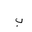
Letter: _ba